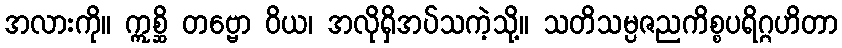
အလားကို။ ဣစ္ဆိ တဗ္ဗော ဝိယ၊ အလိုရှိအပ်သကဲ့သို့။ သတိသမ္ပဇညကိစ္စပရိဂ္ဂဟိတာ